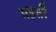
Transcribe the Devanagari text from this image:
महतीं